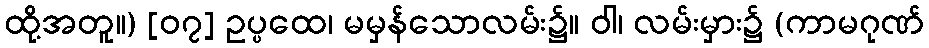
ထို့အတူ။) [၀၇] ဥပ္ပထေ၊ မမှန်သောလမ်း၌။ ဝါ၊ လမ်းမှား၌ (ကာမဂုဏ်